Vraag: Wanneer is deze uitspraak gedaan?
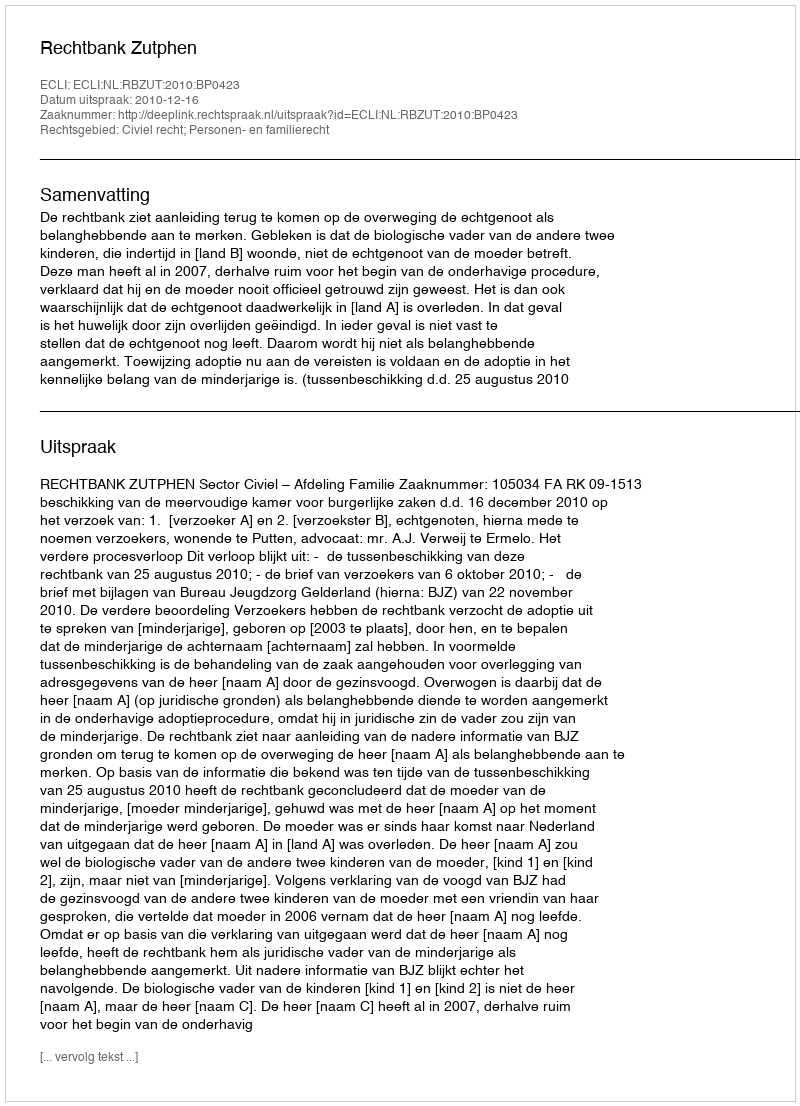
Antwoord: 2010-12-16